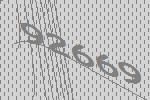
92669